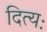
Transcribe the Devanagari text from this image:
दित्यः